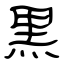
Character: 黒